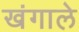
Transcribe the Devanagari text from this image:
खंगाले